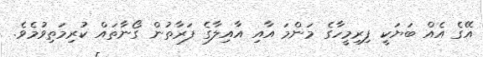
އޭގެ އެއް ބަޔަކީ ފިރިމީހާގެ މަންމަ އާއި އާއިލާގެ ފަރާތުން ގޯނާތައް ކުރިމަތިވުމެވެ.